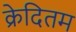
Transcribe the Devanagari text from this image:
क्रेदितम